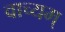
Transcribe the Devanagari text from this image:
वाच्यम्